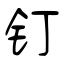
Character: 钉